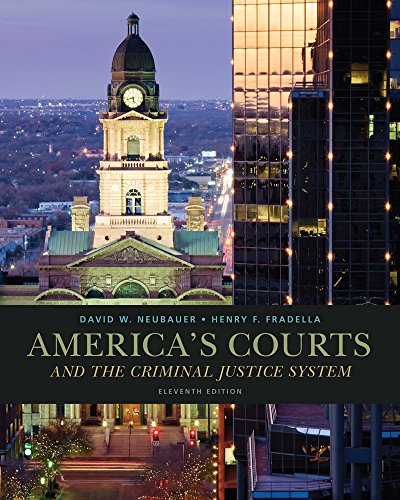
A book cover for America's Courts and the Criminal Justice System; David W. Neubauer; Education & Teaching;